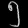
Digit: ၅